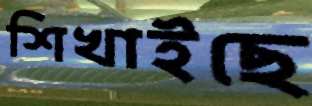
শিখাইছে